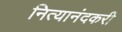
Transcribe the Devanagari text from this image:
नित्यानंदकरी